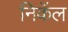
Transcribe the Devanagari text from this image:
निकॅल